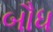
બૌધ